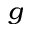
_ { g }